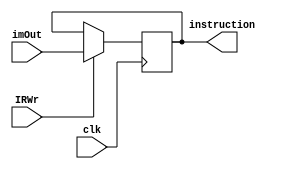
module ir (clk, IRWr, imOut, instruction);
    input clk, IRWr;
    input [31:0] imOut;
    output reg [31:0] instruction;

    always @(posedge clk) begin
        if(IRWr) instruction <= imOut;
        else instruction <= instruction;
    end
endmodule